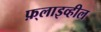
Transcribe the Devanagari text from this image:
फ़्लाइव्हील